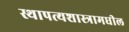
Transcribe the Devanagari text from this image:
स्थापत्यशास्त्रामधील